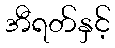
အီရတ်နှင့်